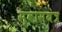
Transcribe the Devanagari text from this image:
स्वासयंत्र